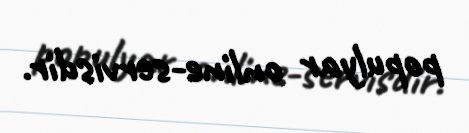
populyar online-servisdir.